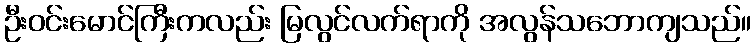
ဦးဝင်းမောင်ကြီးကလည်း မြလွင်လက်ရာကို အလွန်သဘောကျသည်။